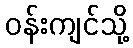
ဝန်းကျင်သို့